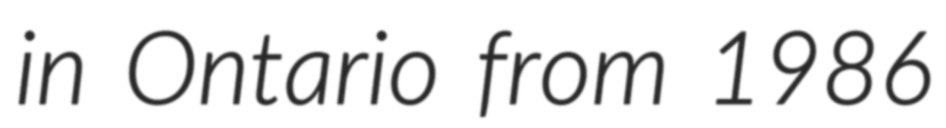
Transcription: in Ontario from 1986